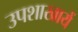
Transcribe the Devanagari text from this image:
उपशाखायें